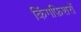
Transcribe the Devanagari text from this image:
किंगफ़िशरों